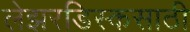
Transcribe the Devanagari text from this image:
लेझरडिस्कसाठी